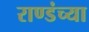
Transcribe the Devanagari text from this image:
राण्डंच्या